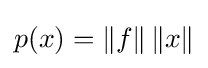
p(x)=\|f\|\,\|x\|